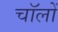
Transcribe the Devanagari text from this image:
चॉलों